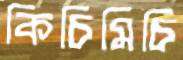
কিচিমিচি